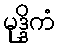
မုဒ္ဒိကံ